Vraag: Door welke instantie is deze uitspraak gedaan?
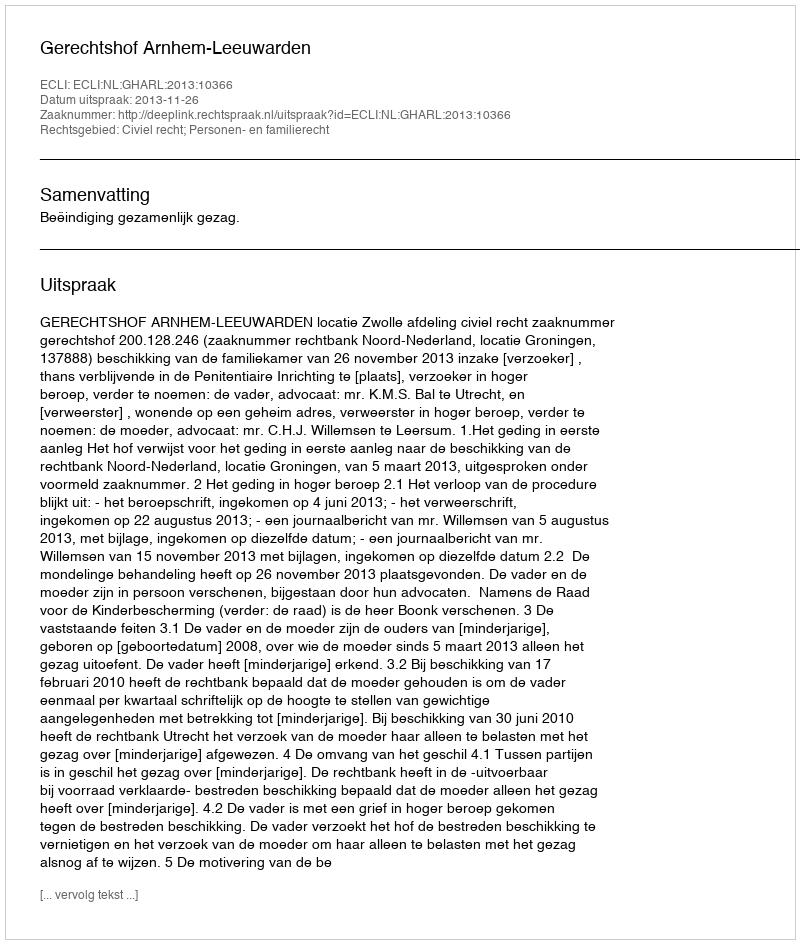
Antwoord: Gerechtshof Arnhem-Leeuwarden